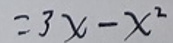
$=3x - x^{2}$